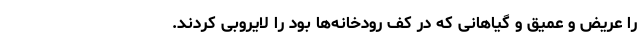
را عریض و عمیق و گیاهانی که در کف رودخانه‌ها بود را لایروبی کردند.